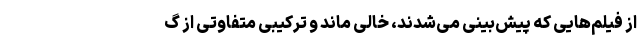
از فیلم‌هایی که پیش‌بینی می‌شدند، خالی ماند و ترکیبی متفاوتی از گ